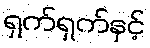
ရှက်ရှက်နှင့်